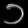
Digit: ၁